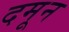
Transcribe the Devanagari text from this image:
दमून